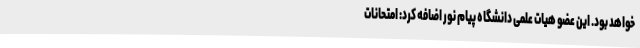
خواهد بود. این عضو هیات علمی دانشگاه پیام نور اضافه کرد: امتحانات